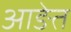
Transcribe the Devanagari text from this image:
आङेत